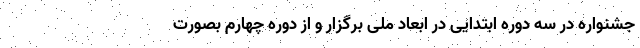
جشنواره در سه دوره ابتدایی در ابعاد ملی برگزار و از دوره چهارم بصورت